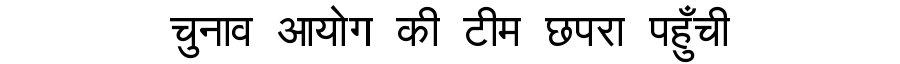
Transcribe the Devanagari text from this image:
चुनाव आयोग की टीम छपरा पहुँची